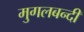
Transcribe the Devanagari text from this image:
मुगलबन्दी